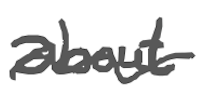
Text: about
Cross-out: wave
Writing tool: digital_gray